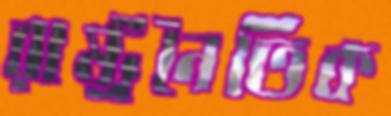
রাষ্ট্রনৈতিক